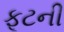
ફૂટની